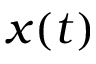
\boldsymbol { x } ( t )